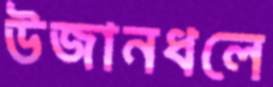
উজানধলে